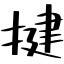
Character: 揵